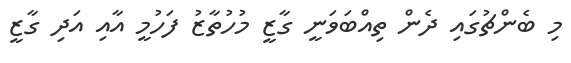
މި ބެންޗުގައި ދެން ތިއްބަވަނީ ގާޒީ މުހުތާޒު ފަހުމީ އާއި އަދި ގާޒީ